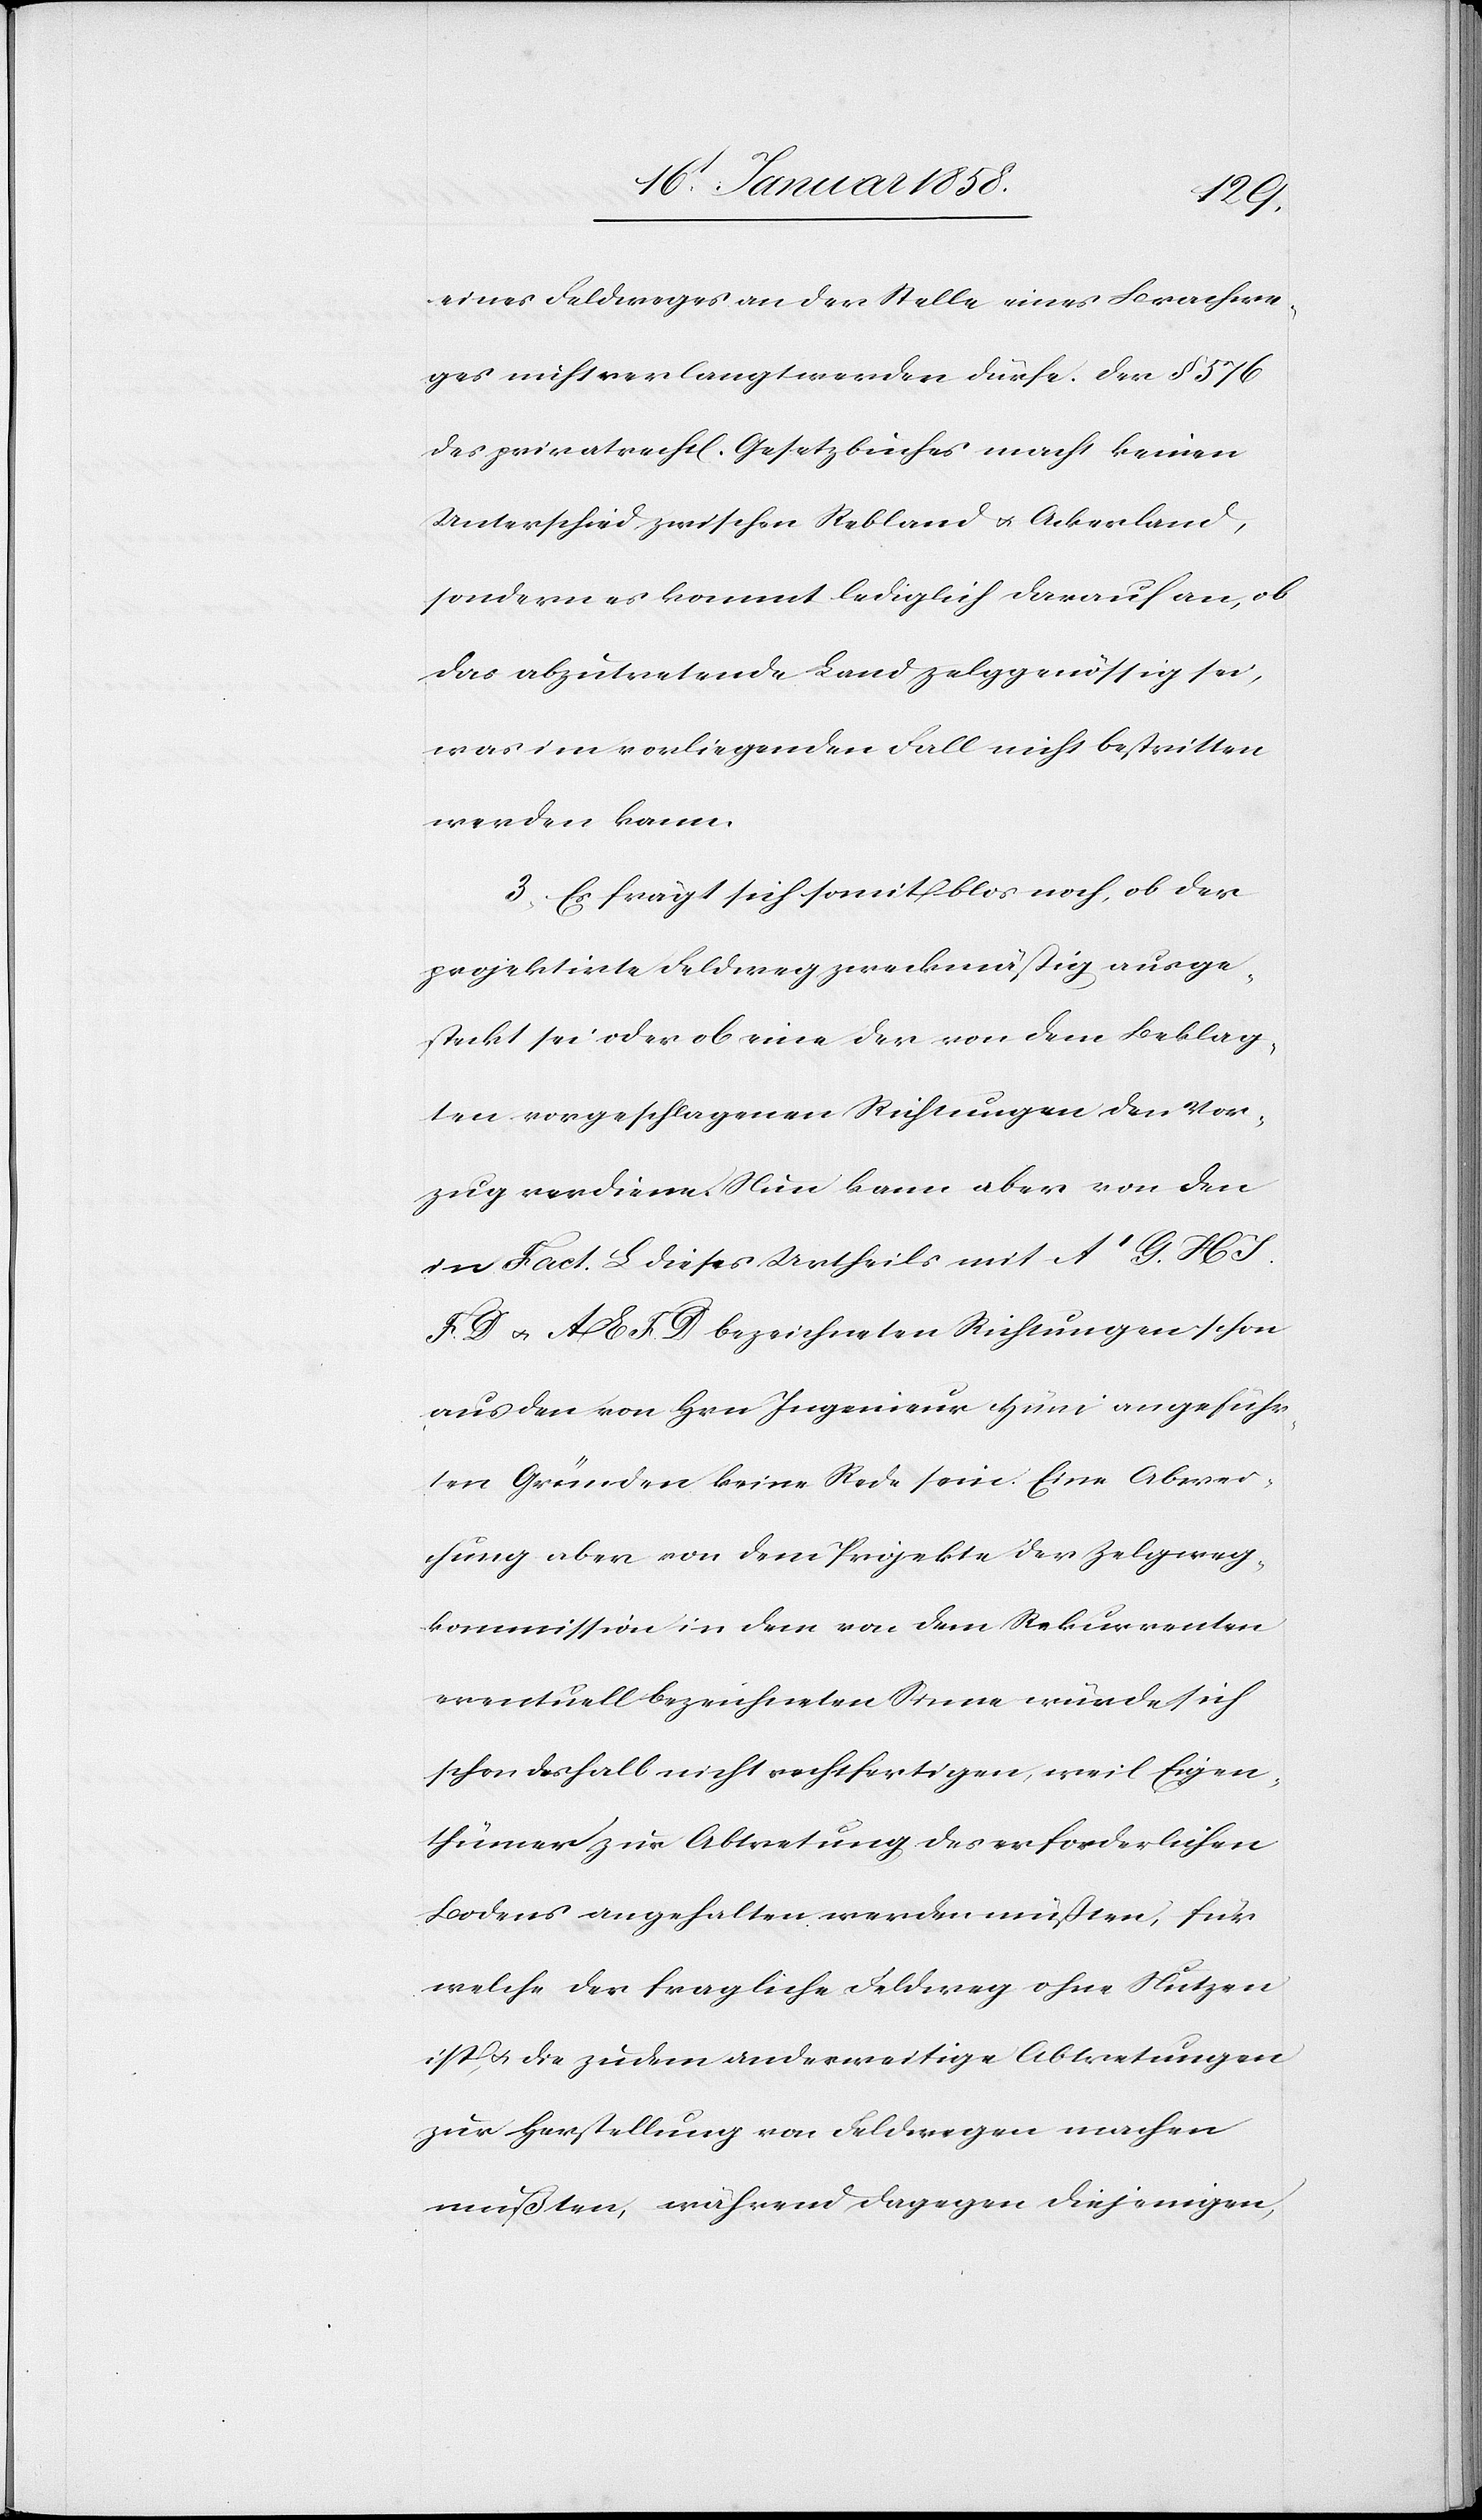
eines Feldweges an der Stelle eines Brachwe¬
ges nicht verlangt werden dürfe. Der § 576
des privatrechtl. Gesetzbuches macht keinen
Unterschied zwischen Rebland u. Ackerland,
sondern es kommt lediglich darauf an, ob
das abzutretende Land zelggenössig sei,
was im vorliegenden Fall nicht bestritten
werden kann.
3. Es frägt sich somit blos noch, ob der
projektirte Feldweg zweckmäßig ausge¬
steckt sei oder ob eine der von dem Beklag¬
ten vorgeschlagenen Richtungen den Vor¬
zug verdiene. Nun kann aber von den
in Fact. L dieses Urtheils mit A’ G. H J.
F D u. A E F D bezeichneten Richtungen schon
aus den von Hrn Ingenieur Hüni angeführ¬
ten Gründen keine Rede sein. Eine Abwei¬
chung aber von dem Projekte der Zelgweg¬
kommission in dem von dem Rekurrenten
eventuell bezeichneten Sinne würde sich
schon deshalb nicht rechtfertigen, weil Eigen¬
thümer zur Abtretung des erforderlichen
Bodens angehalten werden müssten, für
welche der fragliche Feldweg ohne Nutzen
ist, u. die zudem anderweitige Abwertungen
zur Herstellung von Feldwegen machen
mußten, während dagegen diejenigen